Vaccination in Burma 1900-1911 - 1900-1911
Year: 1900
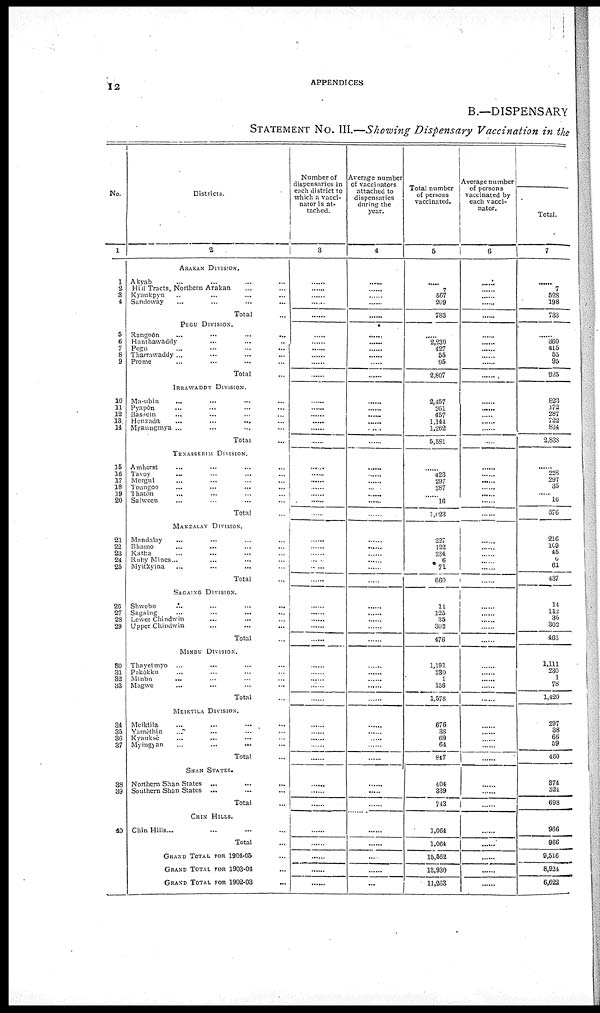
12
APPENDICES
B.—DISPENSARY
STATEMENT No. III.—Showing Dispensary Vaccination in the
No.
1
1
2
8
4
5
6
7
8
9
10
11
12
13.
14
15
16
17
18
19
20
21
22
23
24
25
26
27
28
29
30
31
32
33
34
35
36
37
38
39
40
Districts.
2
ARAKAN DIVISION.
Akyab ... ... ... ...
Hill Tracts, Northern Arakan ... ... ... ...
Kyaukpyu ... ... ... ...
Sandoway ... ... ... ...
Total ...
PEGU DIVISION.
Rangoon
...
...
...
...
Hanthawaddy ... ... ...
Pegu ... ... ... ...
Tharrawaddy ... ... ... ...
Prome ... ... ... ...
Total ...
IRRAWADDY DIVISION.
Ma-ubin ... ... ... ...
Pyapôn ... ... ... ...
Bassein ... ... ... ...
Henzada ... ... ... ...
Myaungrnya ...
Total ...
TENASSERIM DIVISION.
Amherst ... ... ... ...
Tavoy ... ... ... ...
Mergni ... ... ... ...
Toungoo ... ... ... ...
Thatôn ... ... ... ...
Salween ... ... ... ...
Total ...
MAKDALAY DIVISION.
Mandalay ... ... ... ...
Bhamo ... ... ... ...
Katha ... ... ... ... ...
Ruby Mines ... ... ... ...
Myitkyina ... ... ... ...
Total ...
SAGAING DIVISION.
Shwebo ... ... ... ...
Sagaing ... ... ... ...
Lower Chindwin ... ... ... ...
Upper Chindwin ... ... ... ...
Total ...
MINBU DIVISION.
Thayetmyo
... ... ... ...
Pakôkku ... ... ... ...
Minbu ... ... ... ...
Magwe ... ... ... ...
Total ...
MEIKTILA DIVISION.
Meiktila ... ... ... ...
Yamèthin ... ... ... ...
Kyauksè ... ... ... ...
Myingyan ... ... ... ...
Total ...
SHAN STATES.
Northern Shan States ... ... ...
Southern Shan States ... ... ...
Total ...
CHIN HILLS.
Chin Hills ... ... ... ...
Total ...
GRAND TOTAL FOR 1904-05
GRAND TOTAL FOR 1903-04
GRAND TOTAL FOR 1902-03
Number of
dispensaries in
each district to
which a vacci-
nator is at-
tached.
3
......
......
......
......
......
......
......
......
......
......
......
......
.....
......
......
......
......
......
......
......
......
......
......
......
......
......
......
......
......
......
......
......
......
......
......
......
......
......
......
......
......
......
......
......
......
......
......
......
......
......
......
......
......
Average number
of vaccinators
attached to
dispensaries
during the
year.
4
......
......
......
......
......
......
......
......
......
......
......
......
......
......
...... ......
......
......
......
......
...... ......
......
......
......
......
......
......
......
......
......
......
......
......
......
......
......
......
......
......
......
...... ......
......
......
......
......
......
......
......
......
......
......
Total number
of persons
vaccinated.
5
.....
7
567
209
783
......
2,230
437
55
95
2,807
2,457
261
457
1,144
1,262
5,581
......
423
297
287
......
16
1,023
227
122
234
6
71
660
14
125 35
302
476
1,191
230
1
156
1,578
676
38
69
64
847
404
339
743
1,064
1,064
15,562
13,930
11,263
Average number
of persons
vaccinated by
each vacci-
nator.
6
......
......
......
......
......
......
......
......
......
......
......
......
......
......
......
......
......
......
......
......
......
......
......
......
......
......
......
......
......
......
......
......
......
......
......
......
......
......
......
......
......
......
......
......
......
......
......
......
......
......
......
......
Total.
7
......
7
528
198
733
......
360
415
55
95
925
823
172
287
722
834
2,833
......
228
35
......
......
......
576
216
109
45
5
61
437
14
112
35
302
463
1,111
230
......
......
1,420
297
28
66
......
460
374
234
698
966
966
9,516
8,924
6,622